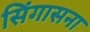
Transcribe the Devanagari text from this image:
सिंगासना